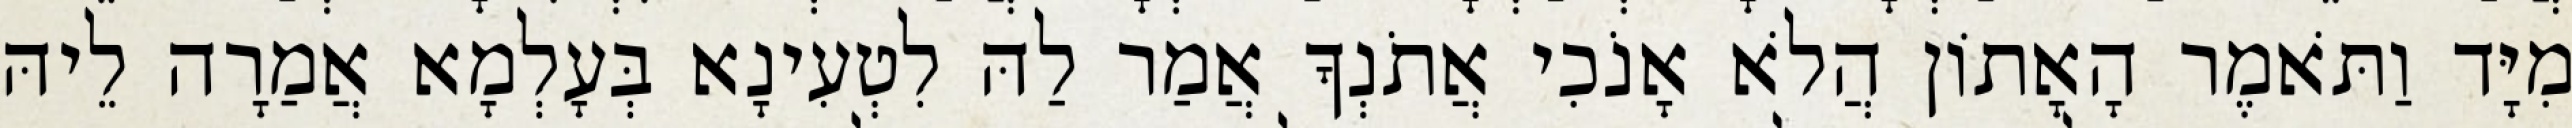
מִיָּד וַתֹּאמֶר הָאָתוֹן הֲלֹא אָנֹכִי אֲתֹנְךָ אֲמַר לַהּ לִטְעִינָא בְּעָלְמָא אֲמַרָה לֵיהּ